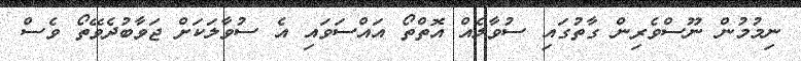
ނިމުމުން ނޫސްވެރިން ގާތުގައި ސުވާލެއް އޮތްތޯ އައްސަވައި އެ ސުވާލަކަށް ޖަވާބުދެވޭތޯ ވެސް